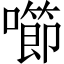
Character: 㘉